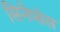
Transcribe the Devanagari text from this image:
सिनैप्सेस